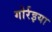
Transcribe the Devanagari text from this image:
गोर्रइया